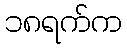
၁၈ရက်က